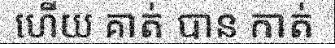
ហើយ គាត់ បាន កាត់